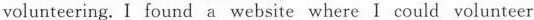
volunteering,I found a website where I could volunteer